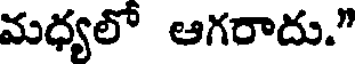
మధ్యలో ఆగరాదు."